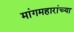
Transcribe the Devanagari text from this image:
मांगमहारांच्या